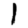
Digit: 1